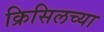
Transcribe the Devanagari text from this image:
क्रिसिलच्या